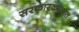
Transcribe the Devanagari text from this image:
सरकारकाळात